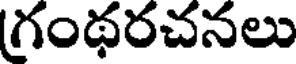
గంథరచనలు